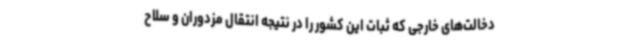
دخالت‌های خارجی که ثبات این کشور را در نتیجه انتقال مزدوران و سلاح